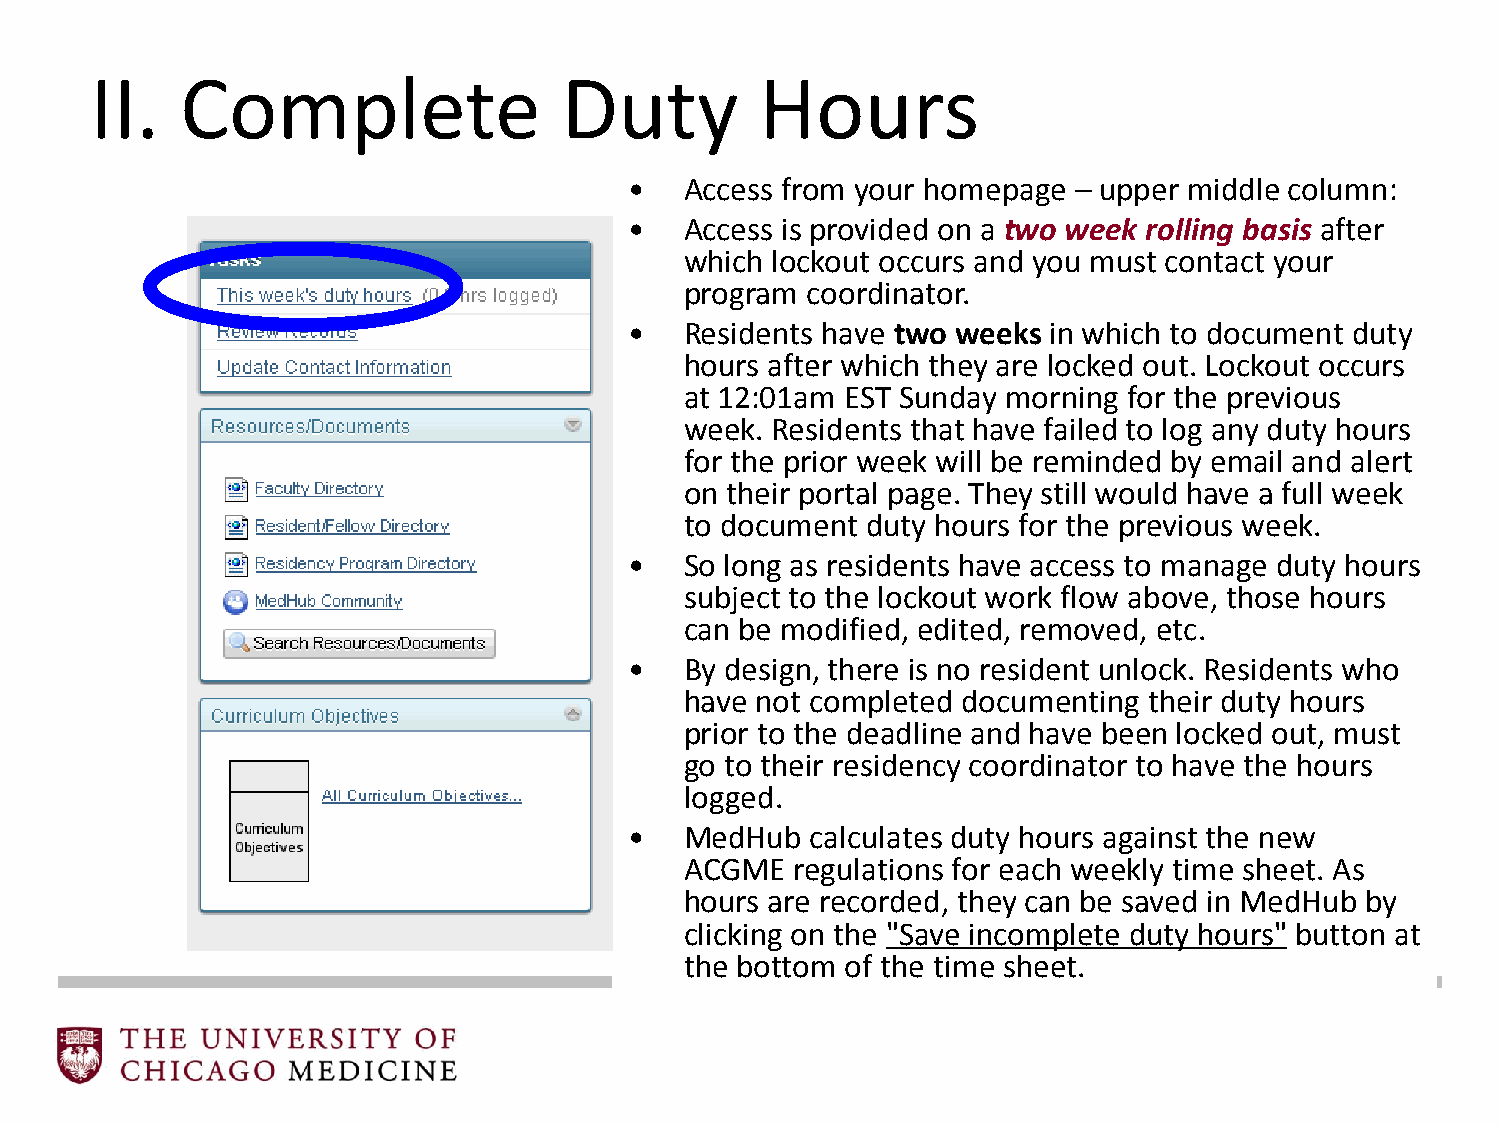
II.   Complete                 Duty         Hours
 •  Access from your homepage – upper middle column:
 •  Access is provided on a two week rolling basis after
 which lockout occurs and you must contact your
 program coordinator.
 •  Residents have two weeks in which to document duty
 hours after which they are locked out. Lockout occurs
 at 12:01am EST Sunday morning for the previous
 week. Residents that have failed to log any duty hours
 for the prior week will be reminded by email and alert
 on their portal page. They still would have a full week
 to document duty hours for the previous week.
 •  So long as residents have access to manage duty hours
 subject to the lockout work flow above, those hours
 can be modified, edited, removed, etc.
 •  By design, there is no resident unlock. Residents who
 have not completed documenting their duty hours
 prior to the deadline and have been locked out, must
 go to their residency coordinator to have the hours
 logged.
 •  MedHub   calculates duty hours against the new
 ACGME   regulations for each weekly time sheet. As
 hours are recorded, they can be saved in MedHub by
 clicking on the "Save incomplete duty hours" button at
 the bottom of the time sheet.